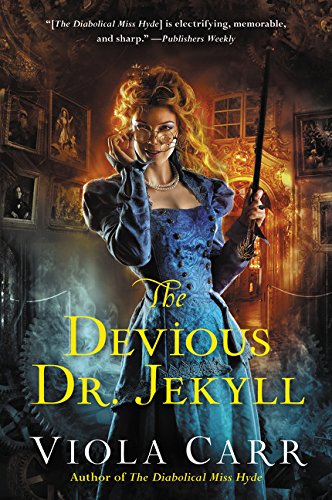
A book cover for The Devious Dr. Jekyll: An Electric Empire Novel (Electric Empire Novels); Viola Carr; Science Fiction & Fantasy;